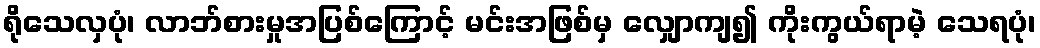
ရိုသေလှပုံ၊ လာဘ်စားမှုအပြစ်ကြောင့် မင်းအဖြစ်မှ လျှောကျ၍ ကိုးကွယ်ရာမဲ့ သေရပုံ၊